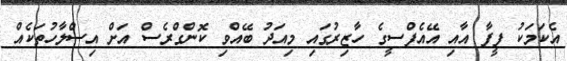
އެކަމަކު ފީފާ އާއި އޭއެފްސީގެ ހާޒިރުގައި މިއަދު ބޭއްވި ކޮންގްރެސް އަށް އިސްލާހުތަކެއް